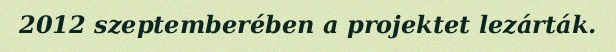
2012 szeptemberében a projektet lezárták.